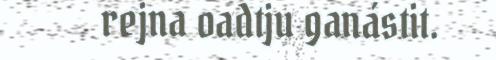
rejna oadtju ganástit.